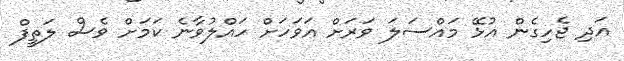
އަދި ޖެހިގެން އުޅޭ މައްސަލަ ވަރަށް އަވަހަށް ހައްލުވާނެ ކަމަށް ވެސް ލަތީފް